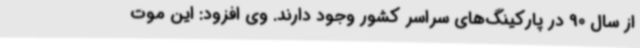
از سال 90 در پارکینگ‌های سراسر کشور وجود دارند. وی افزود: این موت